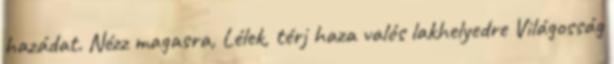
hazádat. Nézz magasra, Lélek, térj haza valós lakhelyedre Világosság